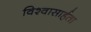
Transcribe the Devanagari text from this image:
विश्‍वासार्हता